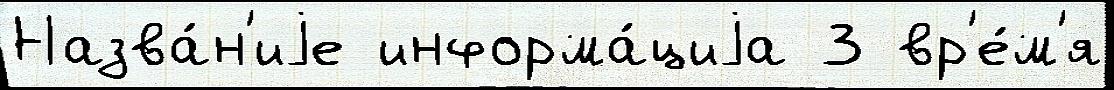
Назва́н'иjе информа́циjа 3 вр'е́м'я